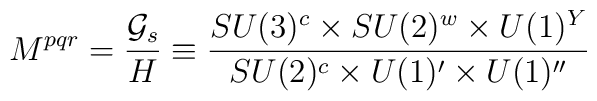
M^{pqr} =  \frac{{\cal G}_s}{H}\equiv \frac{SU(3)^c  \times SU(2)^w \times U(1)^Y}{SU(2)^c \times U(1)' \times U(1)''}